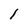
Character: l